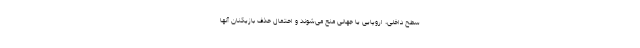
سطح داخلی، اروپایی یا جهانی منع می‌شوند و احتمال حذف بازیکنان آنها